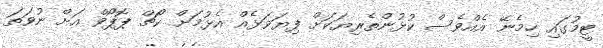
ޓީމުގައި ހިމެނޭ އެއްވެސް ކުޅުންތެރިޔަކަށް ފިޔަވަޅެއް އެޅުމަށް ކޯޗް ޕޮޕޯވް އަށް ނުވަތަ